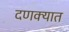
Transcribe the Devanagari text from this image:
दणक्यात